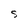
Character: S